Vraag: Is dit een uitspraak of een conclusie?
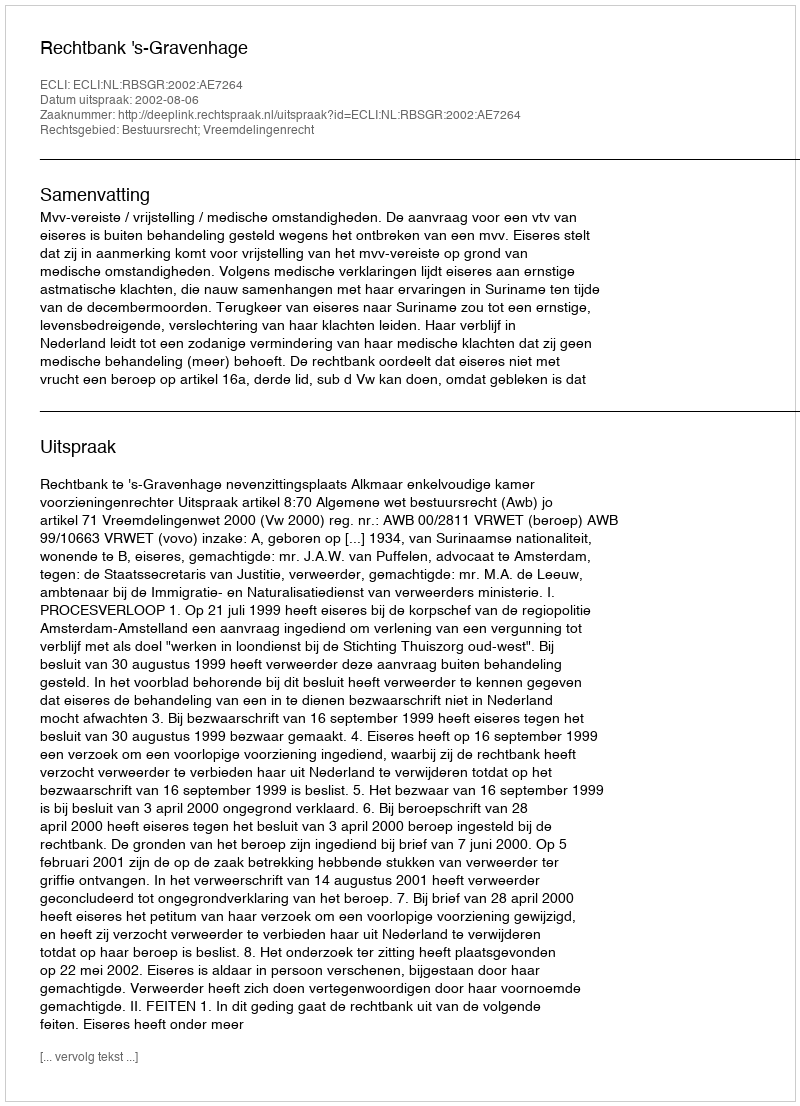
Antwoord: Uitspraak